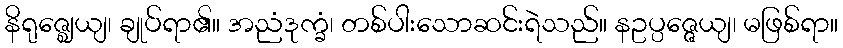
နိရုဇ္ဈေယျ၊ ချုပ်ရာ၏။ အညံဒုက္ခံ၊ တစ်ပါးသောဆင်းရဲသည်။ နဥပ္ပဇ္ဇေယျ၊ မဖြစ်ရာ။